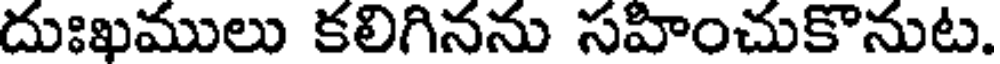
దుఃఖములు కలిగినను సహించుకొనుట.